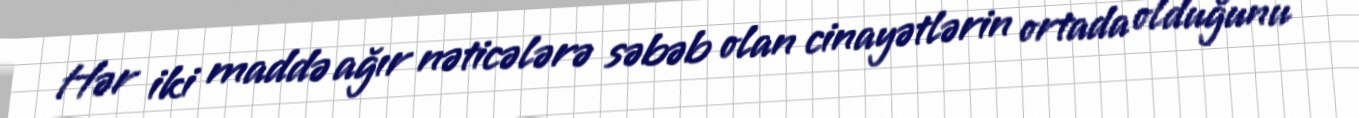
Hər iki maddə ağır nəticələrə səbəb olan cinayətlərin ortada olduğunu